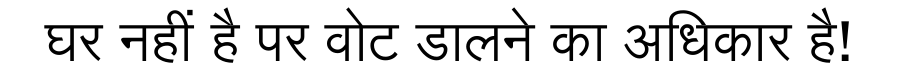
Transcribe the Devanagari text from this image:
घर नहीं है पर वोट डालने का अधिकार है!